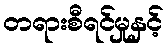
တရားစီရင်မှုနှင့်